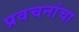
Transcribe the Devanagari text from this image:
प्रवचनांचा